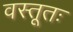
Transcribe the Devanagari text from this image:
वस्तूतः